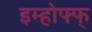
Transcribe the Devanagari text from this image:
इम्होफ्फ्